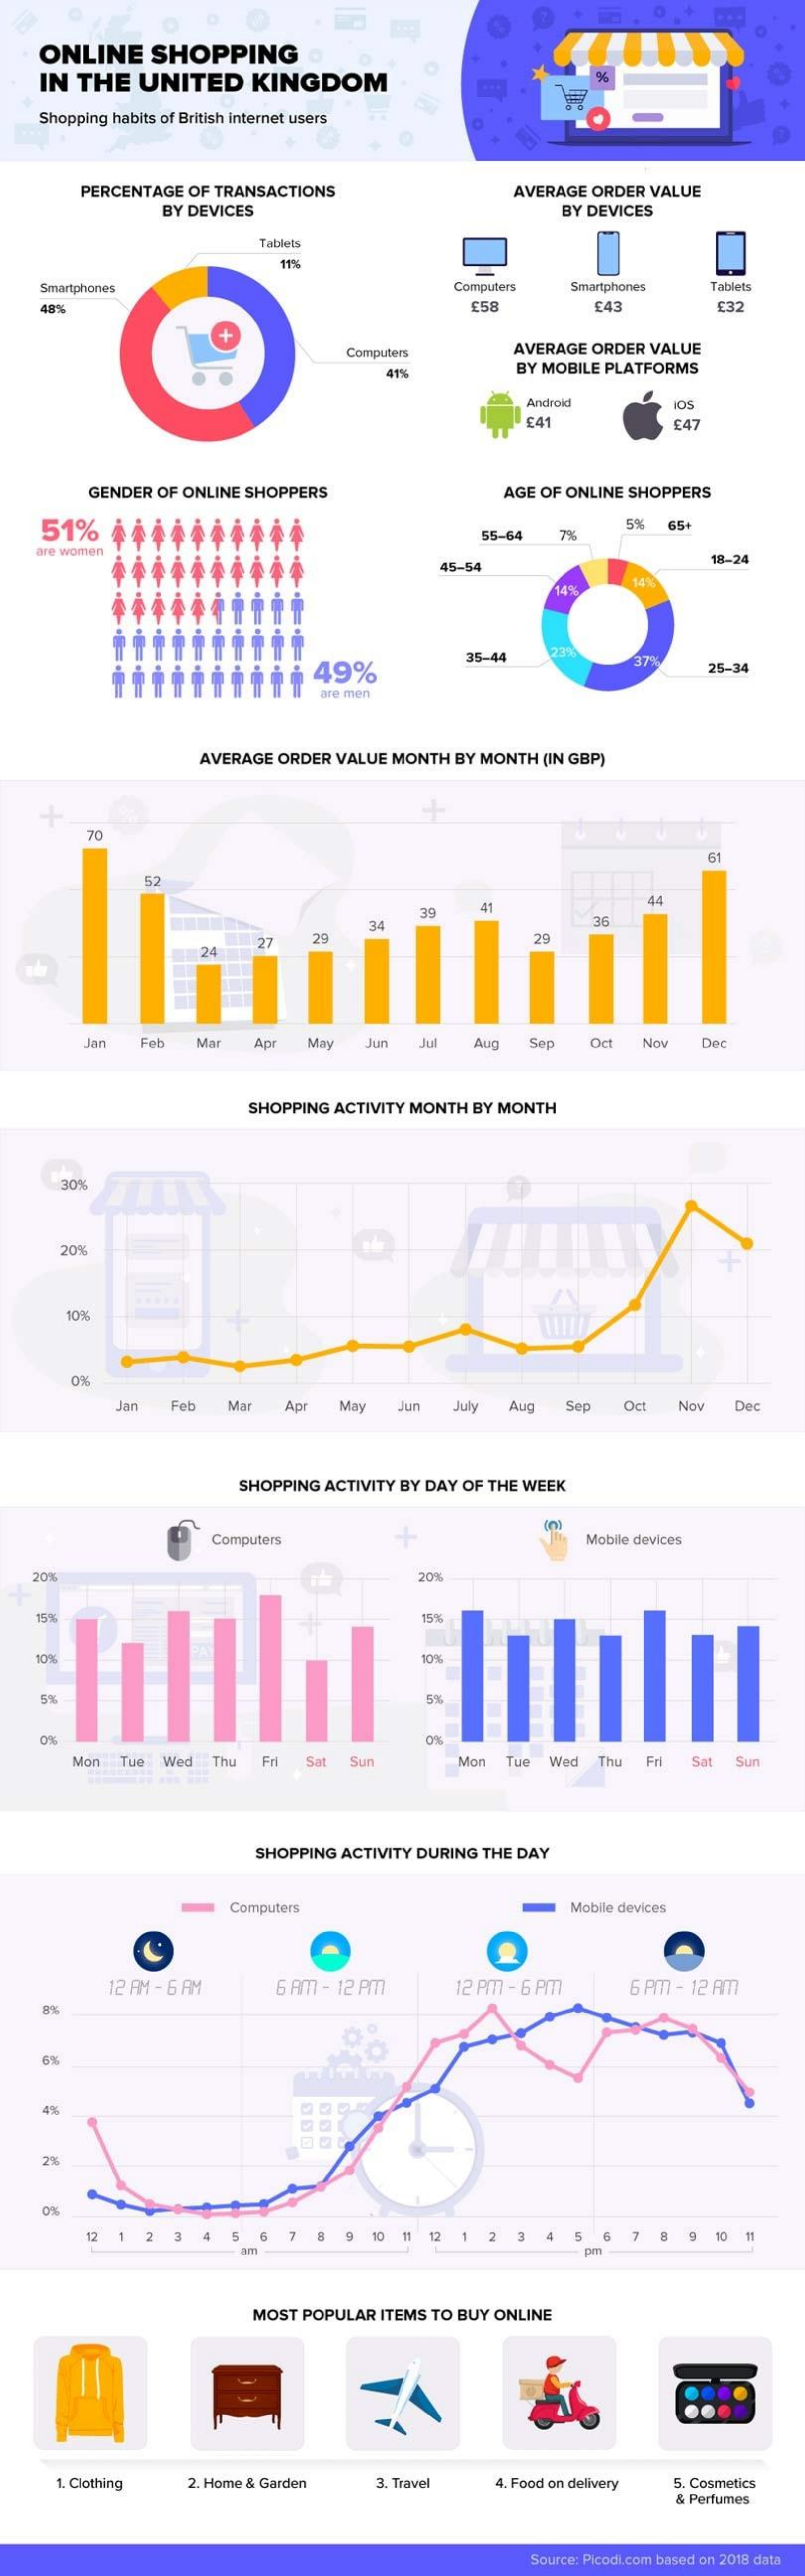
ONLINE   SHOPPING
    IN THE  UNITED   KINGDOM    %
    Shopping habits of British internet users
     PERCENTAGE OF TRANSACTIONS
     BY DEVICES
     AVERAGE ORDER VALUE
     BY DEVICES
     Tablets
     11%
    Smartphones    Computers Smartphones Tablets
    48%    £58    £43    £32
     Computers    AVERAGE ORDER VALUE
     41%    BY MOBILE PLATFORMS
     Android    IOS
     £41    £47
     GENDER OF ONLINE SHOPPERS    AGE OF ONLINE SHOPPERS
    51%    5-64  7%
     5%  65+
   are women
     15-54    18-24
     14
     49%
     35-44    37%   25-34
     are men
     AVERAGE ORDER VALUE MONTH BY MONTH (IN GBP)
     70
     61
     39   41
     34    36
     27  29    20
     24
     Jan  Feb  Mar Apr  May Jun  Jul  Aug Sep  Oct Nov  Dec
     SHOPPING ACTIVITY MONTH BY MONTH
     30%
     20%
     10%
     0%
     Jan Feb  Mar  Apr May  Jun  July Aug Sep  Oct  Nov Dec
     SHOPPING ACTIVITY BY DAY OF THE WEEK
     Computers    Mobile devices
   20%    20%
     Mon Tue Wed Thu Fri Sat Sun    Mon Tue Wed Thu Fri Sat Sun
     SHOPPING ACTIVITY DURING THE DAY
     Computers    Mobile devices
     12 AM - 6 AM  6 AM - 12 Pm   12 Pm - 6 Pm   6 Pm - 12 Am
    8%
    6%
    4%
    21
     12 1 2  3 4  5 6    8 9 10 11 12 1 2 3 4 5 6    8 9  10
     am    pm
     MOST POPULAR ITEMS TO BUY ONLINE
     =
     1. Clothing 2. Home & Garden 3. Travel 4. Food on delivery 5. Cosmetics
     & Perfumes
     Source: Picodi.com based on 2018 data